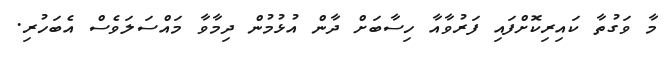
މާ ވަގުތާ ކައިރިކޮށްފައި ފަރުވާއާ ހިސާބަށް ދާން އުޅުމުން ދިމާވާ މައްސަލަވެސް އެބަހުރި.